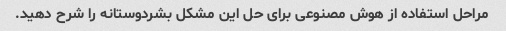
مراحل استفاده از هوش مصنوعی برای حل این مشکل بشردوستانه را شرح دهید.